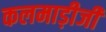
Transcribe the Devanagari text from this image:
कलमाड़ीजी